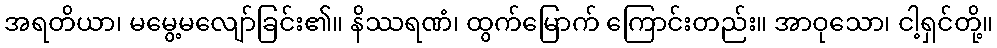
အရတိယာ၊ မမွေ့မလျော်ခြင်း၏။ နိဿရဏံ၊ ထွက်မြောက် ကြောင်းတည်း။ အာဝုသော၊ ငါ့ရှင်တို့။